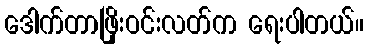
ဒေါက်တာဖြိုးဝင်းလတ်က ရေးပါတယ်။